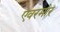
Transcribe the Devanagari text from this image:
एवरमोर